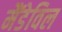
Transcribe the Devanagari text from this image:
मैंडेविल